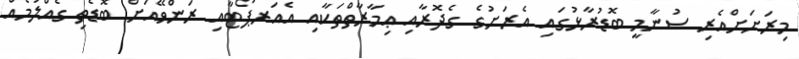
މިރަށަށްއެރި ސުނާމީ ބޮޑުރާޅުގައި އެރަށުގެ ގެދޮރާއި ޢިމާރާތްތަކާއި އެއަރޕޯޓާއި ރަންވޭއަށް ބޮޑެތި ގެއްލުމެއް